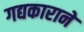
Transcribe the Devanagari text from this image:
गद्यकाराने